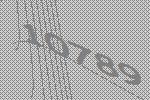
10789